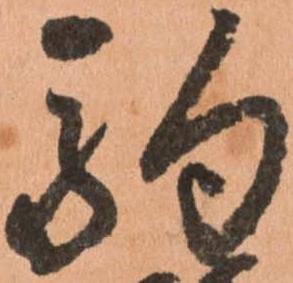
駒